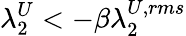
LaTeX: \lambda_{2}^{U}<-\beta\lambda_{2}^{U,rms}